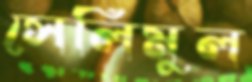
সেলিমুল